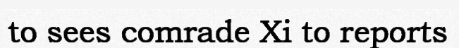
to sees comrade Xi to reports